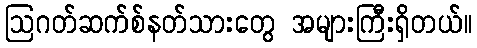
ဩဂတ်ဆက်စ်နတ်သားတွေ အများကြီးရှိတယ်။